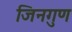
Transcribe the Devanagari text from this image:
जिनगुण